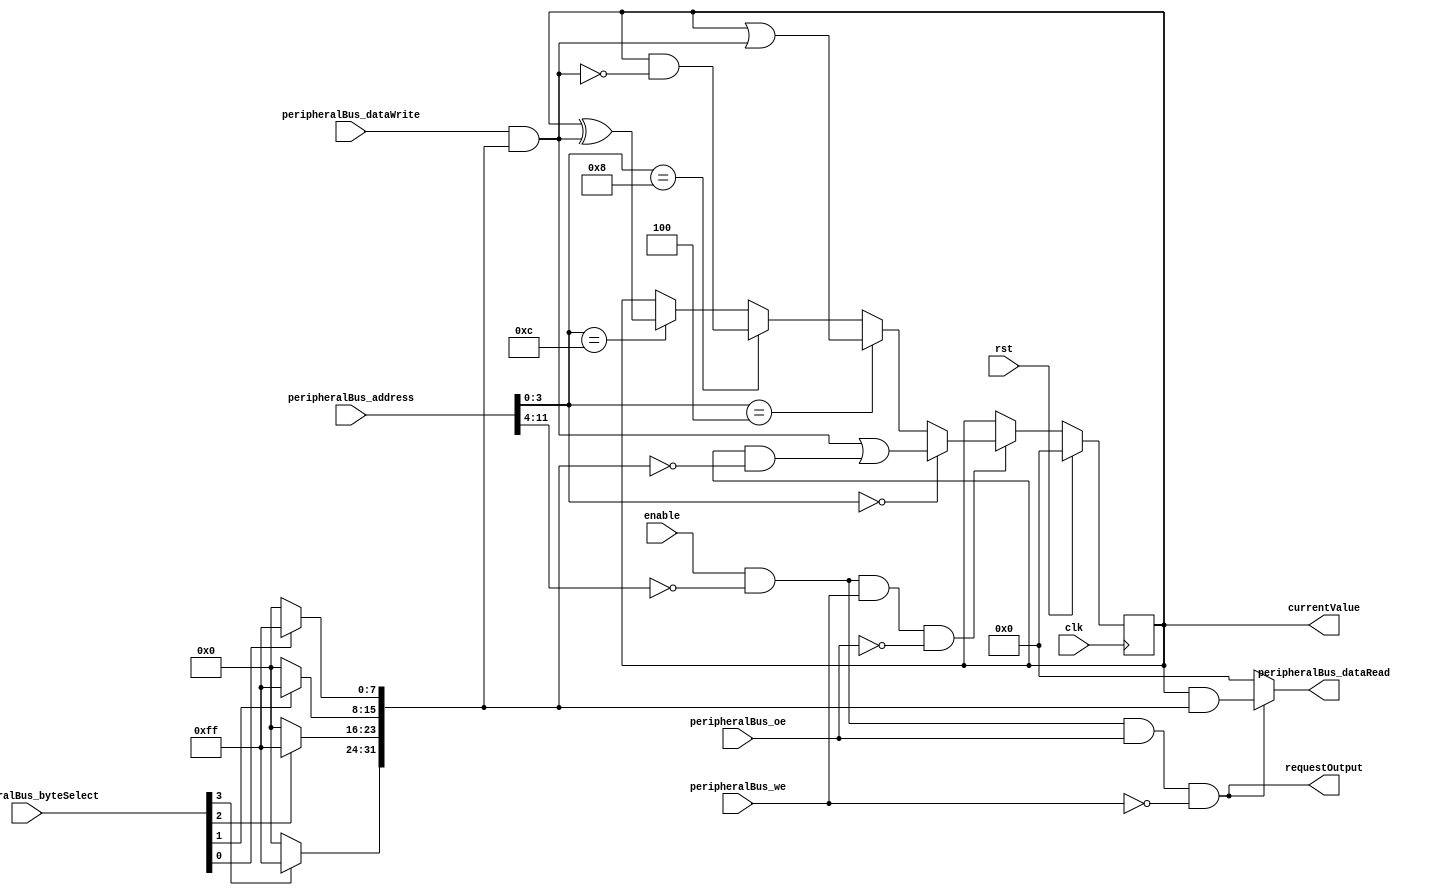
module OutputRegister #(
		parameter WIDTH = 32,
		parameter ADDRESS = 8'b0,
		parameter DEFAULT = 32'b0
	)(
		input wire clk,
		input wire rst,

		// Peripheral Bus
		input wire enable,
		input wire peripheralBus_we,
		input wire peripheralBus_oe,
		input wire[11:0] peripheralBus_address,
		input wire[3:0] peripheralBus_byteSelect,
		output wire[31:0] peripheralBus_dataRead,
		input wire[31:0] peripheralBus_dataWrite,
		output wire requestOutput,

		output wire[WIDTH-1:0] currentValue
	);
	
	localparam WRITE_ADDRESS = 4'h0;
	localparam SET_ADDRESS = 4'h4;
	localparam CLEAR_ADDRESS = 4'h8;
	localparam TOGGLE_ADDRESS = 4'hC;

	wire enableWrite = peripheralBus_address[3:0] == WRITE_ADDRESS;
	wire enableSet = peripheralBus_address[3:0] == SET_ADDRESS;
	wire enableClear = peripheralBus_address[3:0] == CLEAR_ADDRESS;
	wire enableToggle = peripheralBus_address[3:0] == TOGGLE_ADDRESS;

	wire[31:0] dataMask = {
		peripheralBus_byteSelect[3] ? 8'hFF : 8'h00,
		peripheralBus_byteSelect[2] ? 8'hFF : 8'h00,
		peripheralBus_byteSelect[1] ? 8'hFF : 8'h00,
		peripheralBus_byteSelect[0] ? 8'hFF : 8'h00
	};

	reg[WIDTH-1:0] registerValue;

	wire[31:0] maskedDataWrite = peripheralBus_dataWrite & dataMask;
	
	wire[31:0] writeData = maskedDataWrite | (registerValue & ~dataMask);
	wire[31:0] setData = registerValue | maskedDataWrite;
	wire[31:0] clearData = registerValue & ~maskedDataWrite;
	wire[31:0] toggleData = registerValue ^ maskedDataWrite;

	wire registerSelect = enable && (peripheralBus_address[11:4] == ADDRESS);
	wire we = registerSelect && peripheralBus_we && !peripheralBus_oe;
	wire oe = registerSelect && peripheralBus_oe && !peripheralBus_we;

	always @(posedge clk) begin
		if (rst) begin
			registerValue <= DEFAULT;
		end else begin
			if (we) begin
				if (enableWrite) registerValue <= writeData[WIDTH-1:0];
				else if (enableSet) registerValue <= setData;
				else if (enableClear) registerValue <= clearData;
				else if (enableToggle) registerValue <= toggleData;
			end
		end
	end

	wire[31:0] baseReadData;
	generate
		if (WIDTH == 32) begin
			assign baseReadData = registerValue;
		end else begin
			wire[32-WIDTH-1:0] zeroPadding = 'b0;
			assign baseReadData = { zeroPadding, registerValue };
		end
	endgenerate

	assign peripheralBus_dataRead = oe ? baseReadData & dataMask : 32'b0;
	assign requestOutput = oe;
	assign currentValue = registerValue;

endmodule